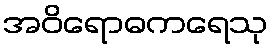
အဝိရောဓကရေသု